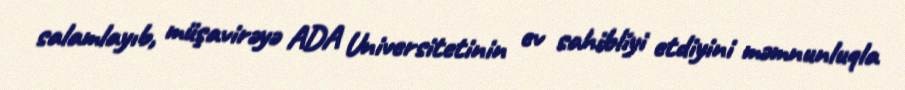
salamlayıb, müşavirəyə ADA Universitetinin ev sahibliyi etdiyini məmnunluqla